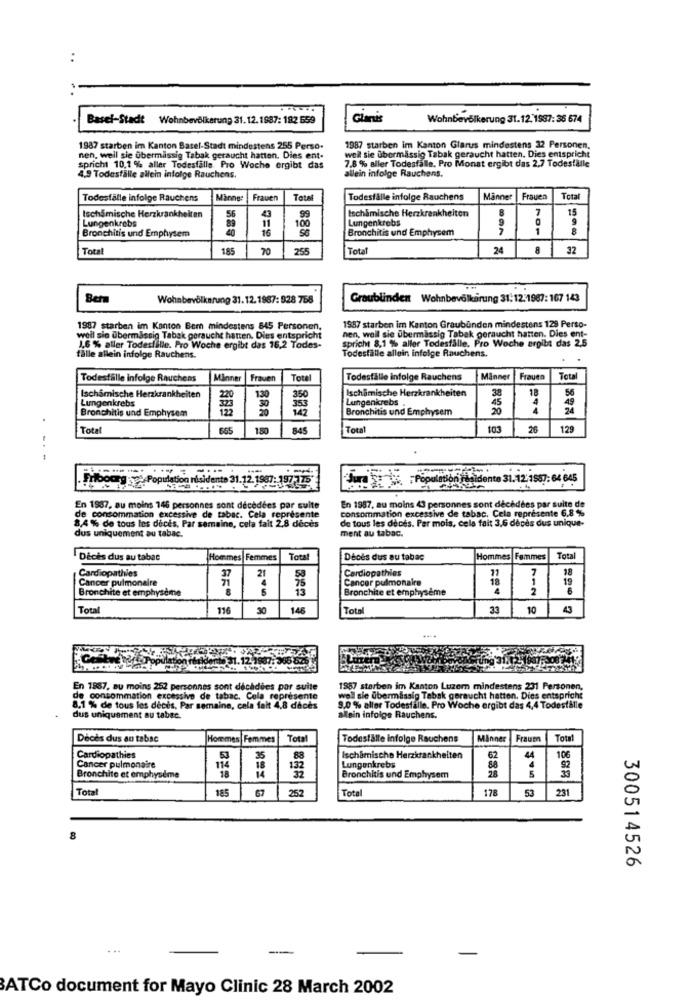
Basel-Stadt Wohnbevölkerung 31. 12.1887: 182 659
Glanis
Wohnbevölkerung 31.12. 1987: 36 674
1987 starben im Kanton Basel-Stadt mindestens 255 Perso.
1987 starben im Kanton Glarus mindestens 32 Personen.
nen, weil sie ubermassig Tabak geraucht hatten. Dies ent-
weil sie ubermässig Tabak geraucht hatten. Dies entspricht
7.8 % aller Todesfalle, Pro Monat ergibt das 2.7 Todesfälle
spricht 10,1 % aller Todesfalls Pro Woche ergibt das
4.9 Todesfälle allein infolge Rauchens.
allein infolge Rauchens.
Todesfälle infolge Rauchens
Frauen
Total
Todesfälle infolge Rauchens
Manner
Frauen
Total
15
Lungenkrebs
Isch&mische Herzkrankheiten
56
4
100
Ischlmische Herzkrankheiten
Lungenkrebs
8
9
Bronchitis und Emphysem
16
Bronchitis und Emphysem
1
Total
185
70
255
Total
24
8
32
Bern
Wohnbevölkerung 31.12.1987: 928 758
Graublinden Wohnbevölkerung 31.12:1967: 167 143
1987 starben im Kanton Bern mindestens 645 Personen,
1987 starben im Kanton Graubünden mindestens 128 Perso-
weil sie übermässig Tabak geraucht hatten. Dies entspricht
nen, weil sie übermassig Tabak geraucht hatten. Dies ent-
spricht 8,1 % aller Todesfälle, P
stålle. Pro Woche ergibt das 2.5
1.6 % aller Todesfälle. Pro Woche ergibt das 15,2 Todes-
falle allein infolge Rauchens.
Todesfälle allein infolge Rauchens.
Todesfälle infolge Rauchens
Minner
Frauen
Tott
Todesfälle infolge Rauchens
Manner
Frauen
Tota
Ischamische Herzkrankheiten
38
56
Ischamische Herzkrankheiten
Lungenkrebs
220
130
350
Lungenkrebs
Bronchitis und Emphysem
Bronchitis und Emphysem
20
4
.
Total
665
1.80
845
Total
26
129
Fribourg :sol Population nisidente 31.12.1987:197175*
; Population
o jjsidente 31.12: 1887: 64 645
En 1987, au moins 146 personnes sont décédées par suite
consommation excessive de tabac. Cela représente 6,8 %
En 1987, au moins 43 personnes sont décédées par suite de
8,4 % de tous les deces, Par semaine, cela fait 2,8 décès
de consommation excessive de tabac. Cela représente
de tous les deces. Par mois, cela fait 3.6 deces dus unique-
ment au tabac.
dus uniquement au tabac.
Décès dus au tabac
Hommes
Femmes
Total
Deces dus au tabac
Hommes Femmes
Total
Cardiopathies
21
Cardiopathies
7
Cancer pulmonaire
4
50
75
Cancer pulmonaire
18
1
19
Bronchite et emphysème
13
Bronchite et emphysème
2
Total
116
30
146
Total
33
10
En 1887. eu moins 252 personnes sont décédies par suite
1987 starben im Kanton Luzern mindestens 231 Personen,
de consommation excessive de tabac. Cela représente
well sie übermässig Tabak geraucht hatten. Dies entspricht
8,1 % de tous les decis, Par semaine, cela fait 4,8 deces
9,0 % aller Todesfälle. Pro Woche ergibt das 4,4 Todesfälle
dus uniquement au tabac.
Mein infolge Rauchens.
Décès dus au tabac
Hommes| Femmes
Tota
Todesfälle infolge Rauchens
Minner
Fraum
Tota
Cardiopathies
35
88
Ischamische Herzkrankheiten
62
44
106
Cancer pulmonaire
Lungenkrebs
88
4
92
Bronchite et emphysème
Bronchitis und Emphysem
Total
185
257
Total
178
53
231
8
300514526
...
ATCo document for Mayo Clinic 28 March 2002